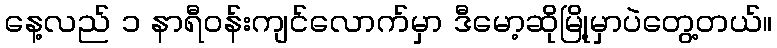
နေ့လည် ၁ နာရီဝန်းကျင်လောက်မှာ ဒီမော့ဆိုမြို့မှာပဲတွေ့တယ်။